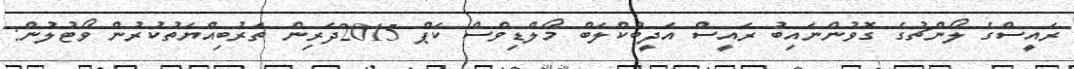
ރައީސްގެ ލޯންޗުގެ ގޮވުންނައިބު ރައީސް އަދީބުކްލަބް މޯލްޑިވްސް ކަޕް 2015ދަރިން ތަރުބިއްޔަތުކުރުން ވޯޓުލުން: